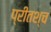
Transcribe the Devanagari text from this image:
प्रीतश्च